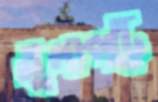
তুলাপট্টি